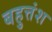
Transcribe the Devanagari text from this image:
बहुत्तंश